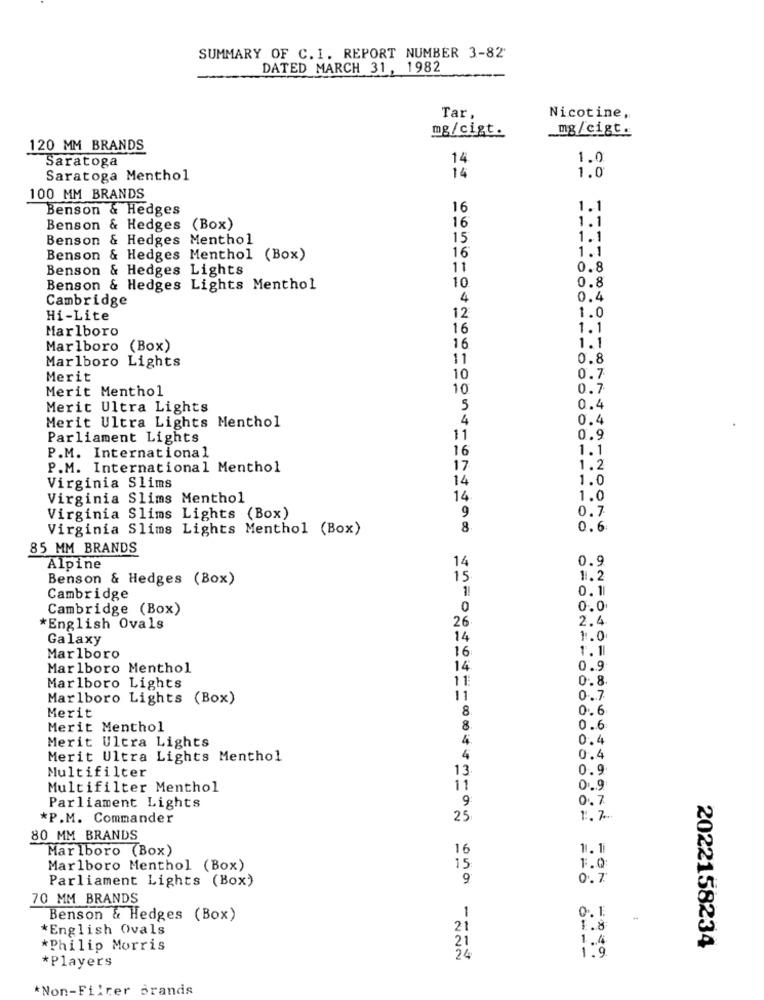
SUMMARY OF C. I. REPORT NUMBER 3-82'
DATED MARCH 31, 1982
Tar,
Nicotine,
mg/cigt.
mg/cigt.
120 MM BRANDS
Saratoga
14
1.0
14
1.0
Saratoga Menthol
100 MM BRANDS
Benson & Hedges
16
1.1
1.1
Benson & Hedges (Box)
16
Benson
Hedges Menthol
15
1.1
16
1.1
Benson
Hedges Menthol (Box)
Benson & Hedges Lights
11
0.8
10
0.8
Benson & Hedges Lights Menthol
Cambridge
4
0.4
Hi-Lite
12
1.0
Marlboro
16
1.1
16
Marlboro (Box)
1.1
Marlboro Lights
11
0.8
Merit
10
0.7
Merit Menthol
10
0.7
Merit Ultra Lights
5
0.4
4
0.4
Merit Ultra Lights Menthol
Parliament Lights
11
0.9
16
1.1
P.M. International
P.M. International Menthol
17
1.2
14
1.0
Virginia Slims
Virginia Slims Menthol
14
1.0
0.7
Virginia Slims Lights (Box)
9
Virginia Slims Lights Menthol (Box)
8.
0.6
85 MM BRANDS
0.9
Alpine
14
Benson & Hedges (Box)
15
1.2
1!
0.11
Cambridge
Cambridge (Box)
0.0
26
2.4
*English Ovals
Galaxy
14
1.0
16
1.11
Marlboro
Marlboro Menthol
14
0.9
11
0.8.
Marlboro Lights
Marlboro Lights (Box)
11
0.7
Merit
8.
0.6
Merit Menthol
8.
0.6
Merit Ultra Lights
4.
0.4
Merit Ultra Lights Menthol
4
0.4
Multifilter
13
0.9
Multifilter Menthol
11
0 ... 9
9:
0.7
Parliament Lights
*P.M. Commander
25
1 :. 7.
80 MM BRANDS
Marlboro (Box)
16
11. 1
Marlboro Menthol (Box)
15
1.0
Parliament Lights (Box)
9
0.7
70 MM BRANDS
Benson & Hedges (Box)
1
0. 1
*English Ovals
21
1.8
21
1.4
2022158234
*Philip Morris
1.9
*Players
24
*Non-Filter Brands